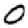
Digit: 0